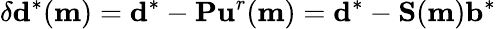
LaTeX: \delta\mathbf{d}^{*}(\mathbf{m})=\mathbf{d}^{*}-\mathbf{P}\mathbf{u}^{r}(\mathbf{m})=\mathbf{d}^{*}-\mathbf{S}(\mathbf{m})\mathbf{b}^{*}